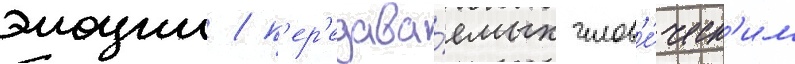
эмоции / п'ер'едава́емых челов'е́ческ'им